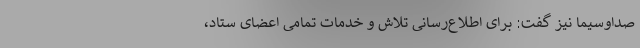
صداوسیما نیز گفت: برای اطلاع‌رسانی تلاش و خدمات تمامی اعضای ستاد،